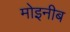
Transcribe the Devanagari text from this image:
मोइनीब